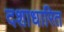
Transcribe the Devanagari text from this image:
दशाधारित